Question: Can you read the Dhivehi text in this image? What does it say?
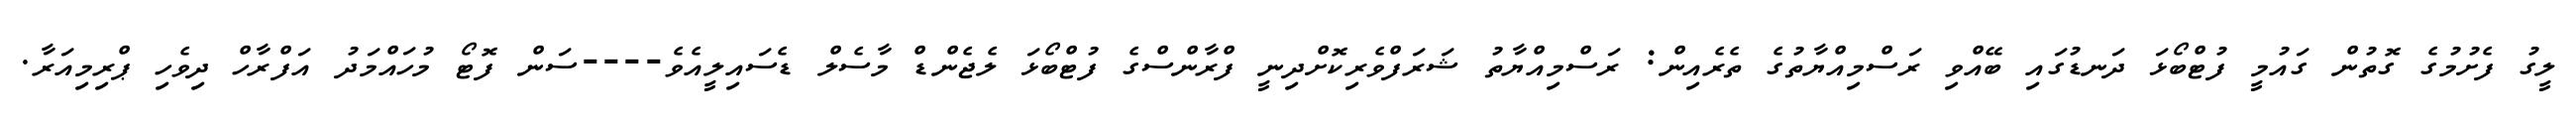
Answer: ލީގު ފެށުމުގެ ގޮތުން ގައުމީ ފުޓްބޯޅަ ދަނޑުގައި ބޭއްވި ރަސްމިއްޔާތުގެ ތެރެއިން: ރަސްމިއްޔާތު ޝަރަފްވެރިކޮށްދިނީ ފްރާންސްގެ ފުޓްބޯޅަ ލެޖެންޑް މާސެލް ޑެސައިލީއެވެ----ސަން ފޮޓޯ މުހައްމަދު އަފްރާހް ދިވެހި ޕްރިމިއަރާ.